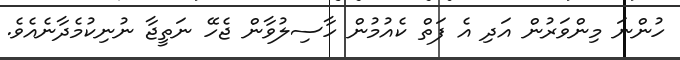
ހުންނަ މިންވަރުން އަދި އެ ފަތް ކެއުމުން ހާސިލުވާން ޖެހޭ ނަތީޖާ ނުނިކުމެދާނެއެވެ.